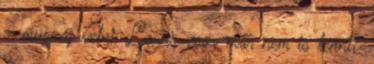
- muszáj vetni. Lenni, vagy már nem is lenni?